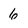
Character: 6